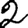
Digit: 2